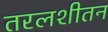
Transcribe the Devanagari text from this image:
तरलशीतन